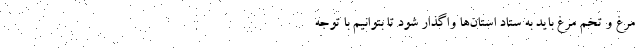
مرغ و تخم مرغ باید به ستاد استان‌ها واگذار شود تا بتوانیم با توجه